Lunatic asylums Bombay report 1878-1890 - 1878-1890
Year: 1878
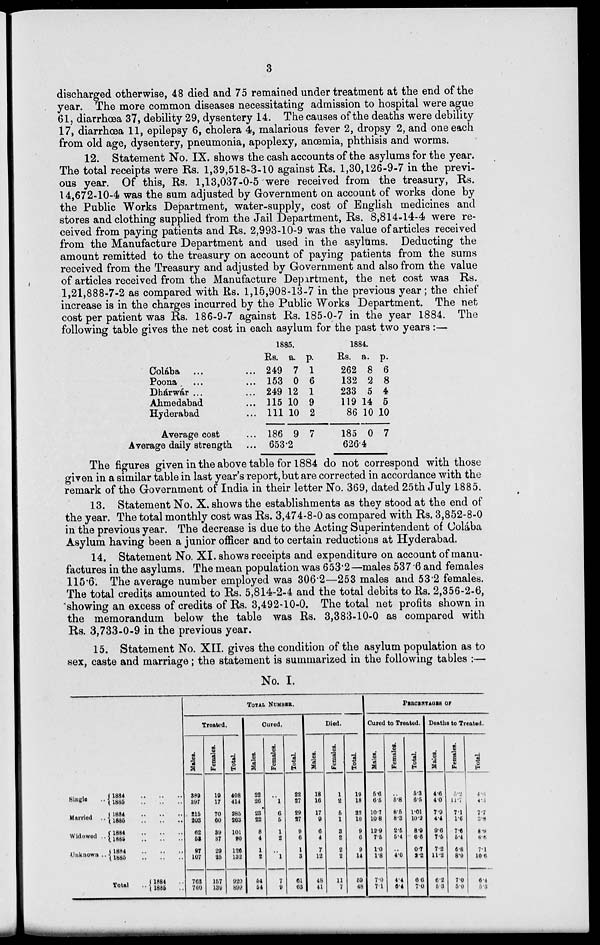
3
discharged otherwise, 48 died and 75 remained under treatment at the end of the
year. The more common diseases necessitating admission to hospital were ague
61, diarrhœa 37, debility 29, dysentery 14. The causes of the deaths were debility
17, diarrhœa 11, epilepsy 6, cholera 4, malarious fever 2, dropsy 2, and one each
from old age, dysentery, pneumonia, apoplexy, anœmia, phthisis and worms.
12. Statement No. IX. shows the cash accounts of the asylums for the year.
The total receipts were Rs. 1,39,518-3-10 against Rs. 1,30,126-9-7 in the previ-
ous year. Of this, Rs. 1,13,037-0-5 were received from the treasury, Rs.
14,672-10-4 was the sum adjusted by Government on account of works done by
the Public Works Department, water-supply, cost of English medicines and
stores and clothing supplied from the Jail Department, Rs. 8,814-14-4 were re-
ceived from paying patients and Rs. 2,993-10-9 was the value of articles received
from the Manufacture Department and used in the asylums. Deducting the
amount remitted to the treasury on account of paying patients from the sums
received from the Treasury and adjusted by Government and also from the value
of articles received from the Manufacture Department, the net cost was Rs.
1,21,888-7-2 as compared with Rs. 1,15,908-13-7 in the previous year; the chief
increase is in the charges incurred by the Public Works Department. The net
cost per patient was Rs. 186-9-7 against Rs. 185-0-7 in the year 1884. The
following table gives the net cost in each asylum for the past two years :—
Colába ...
Poona ...
Dhárwár ...
Ahmedabad ...
Hyderabad ...
Average cost ...
Average daily strength ...
1885.
Rs.
249
153
249
115
111
186
a.
7
0
12
10
10
9
p.
1
6
1
9
2
7
653.2
1884.
Rs.
262
132
233
119
86
185
a.
8
2
5
14
10
0
p.
6
8
4
5
10
7
626.4
The figures given in the above table for 1884 do not correspond with those
given in a similar table in last year's report, but are corrected in accordance with the
remark of the Government of India in their letter No. 369, dated 25th July 1885.
13. Statement No. X. shows the establishments as they stood at the end of
the year. The total monthly cost was Rs. 3,474-8-0 as compared with Rs. 3,852-8-0
in the previous year. The decrease is due to the Acting Superintendent of Colába
Asylum having been a junior officer and to certain reductions at Hyderabad.
14. Statement No. XI. shows receipts and expenditure on account of manu-
factures in the asylums. The mean population was 653.2—males 537.6 and females
115.6. The average number employed was 306.2—253 males and 53.2 females.
The total credits amounted to Rs. 5,814-2-4 and the total debits to Rs. 2,356-2-6,
showing an excess of credits of Rs. 3,492-10-0. The total net profits shown in
the memorandum below the table was Rs. 3,383-10-0 as compared with
Rs. 3,733-0-9 in the previous year.
15. Statement No. XII. gives the condition of the asylum population as to
sex, caste and marriage; the statement is summarized in the following tables :—
No. I.
Single
..
Married ..
Widowed ..
Unknown ..
1884
..
..
..
1885
..
..
..
1884
..
..
..
1885
..
..
..
1884
..
..
..
1885
..
..
..
1884
..
..
..
1885
..
..
..
Total ..
1884 ..
1885 ..
TOTAL NUMBER.
Treated.
Males.
389
397
215
203
62
53
97
107
763
760
Females.
19
17
70
60
39
37
29
25
157
139
Total.
408
414
285
263
101
90
126
132
920
899
Cured.
Males.
22
26
23
22
8
4
1
2
54
54
Females.
..
1
6
5
1
2
..
1
7
9
Total.
22
27
29
27
9
6
1
8
61
63
Died.
Males.
18
16
17
9
6
4
7
12
48
41
Females.
1
2
5
1
3
2
2
2
11
7
Total.
19
18
22
10
9
6
9
14
59
48
PERCENTAGES OF
Cured to Treated.
Males.
5.6
6.5
10.7
10.8
12.9
7.5
1.0
1.8
7.0
7.1
Females.
..
5.8
8.5
8.3
2.5
5.4
..
4.0
4.4
6.4
Total.
5.3
6.5
1.01
10.2
8.9
6.6
0.7
2.2
6.6
7.0
Deaths to Treated.
Males.
4.6
4.0
7.9
4.4
9.6
7.5
7.2
11.2
6.2
5.3
Females.
5.2
11.7
7.1
1.6
7.6
5.4
6.8
8.0
7.0
5.0
Total.
4.6
4.3
7.7
3.8
8.9
6.6
7.1
10.6
6.4
5.3